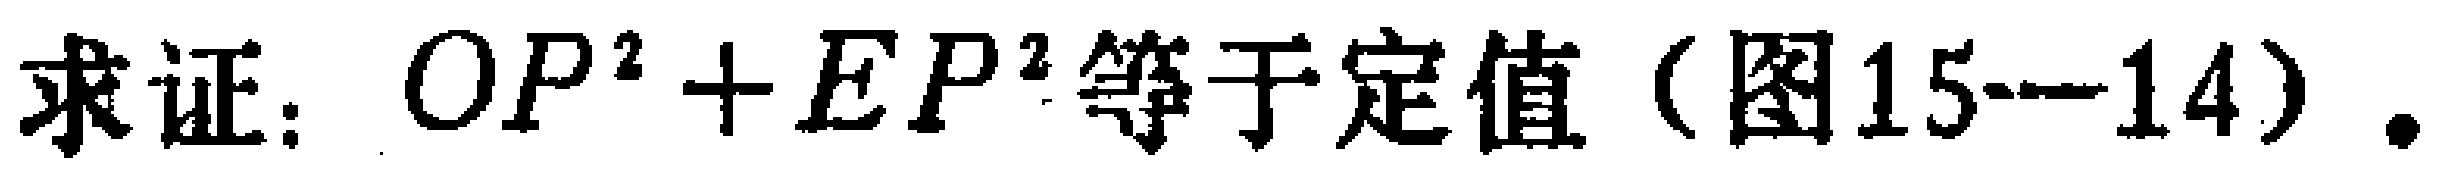
求证：$OP^{2}+EP^{2}$等于定值（图15-14）.